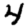
Digit: 4